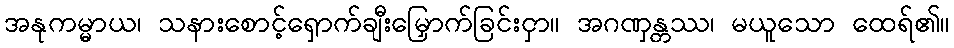
အနုကမ္မာယ၊ သနားစောင့်ရှောက်ချီးမြှောက်ခြင်းငှာ။ အဂဏှန္တဿ၊ မယူသော ထေရ်၏။